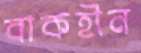
বাকহীন